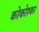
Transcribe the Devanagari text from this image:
कोकोश्का